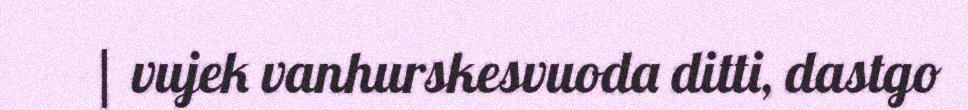
| vujek vanhurskesvuoda ditti, dastgo